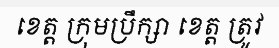
ខេត្ត ក្រុមប្រឹក្សា ខេត្ត ត្រូវ